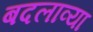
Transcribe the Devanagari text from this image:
बदलाव्या